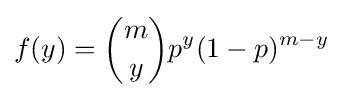
f(y)={\binom {m}{y}}p^{y}(1-p)^{m-y}